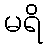
မရိ